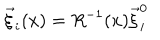
\vec { \xi } _ { i } ( x ) = R ^ { - 1 } ( x ) \vec { \xi } _ { i } ^ { 0 }